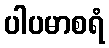
ပါပမာစရံ